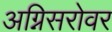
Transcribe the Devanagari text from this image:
अग्निसरोवर